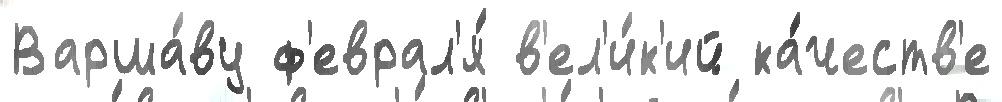
Варша́ву ф'еврал'я́ в'ел'и́к'ий ка́честв'е